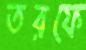
তরফে